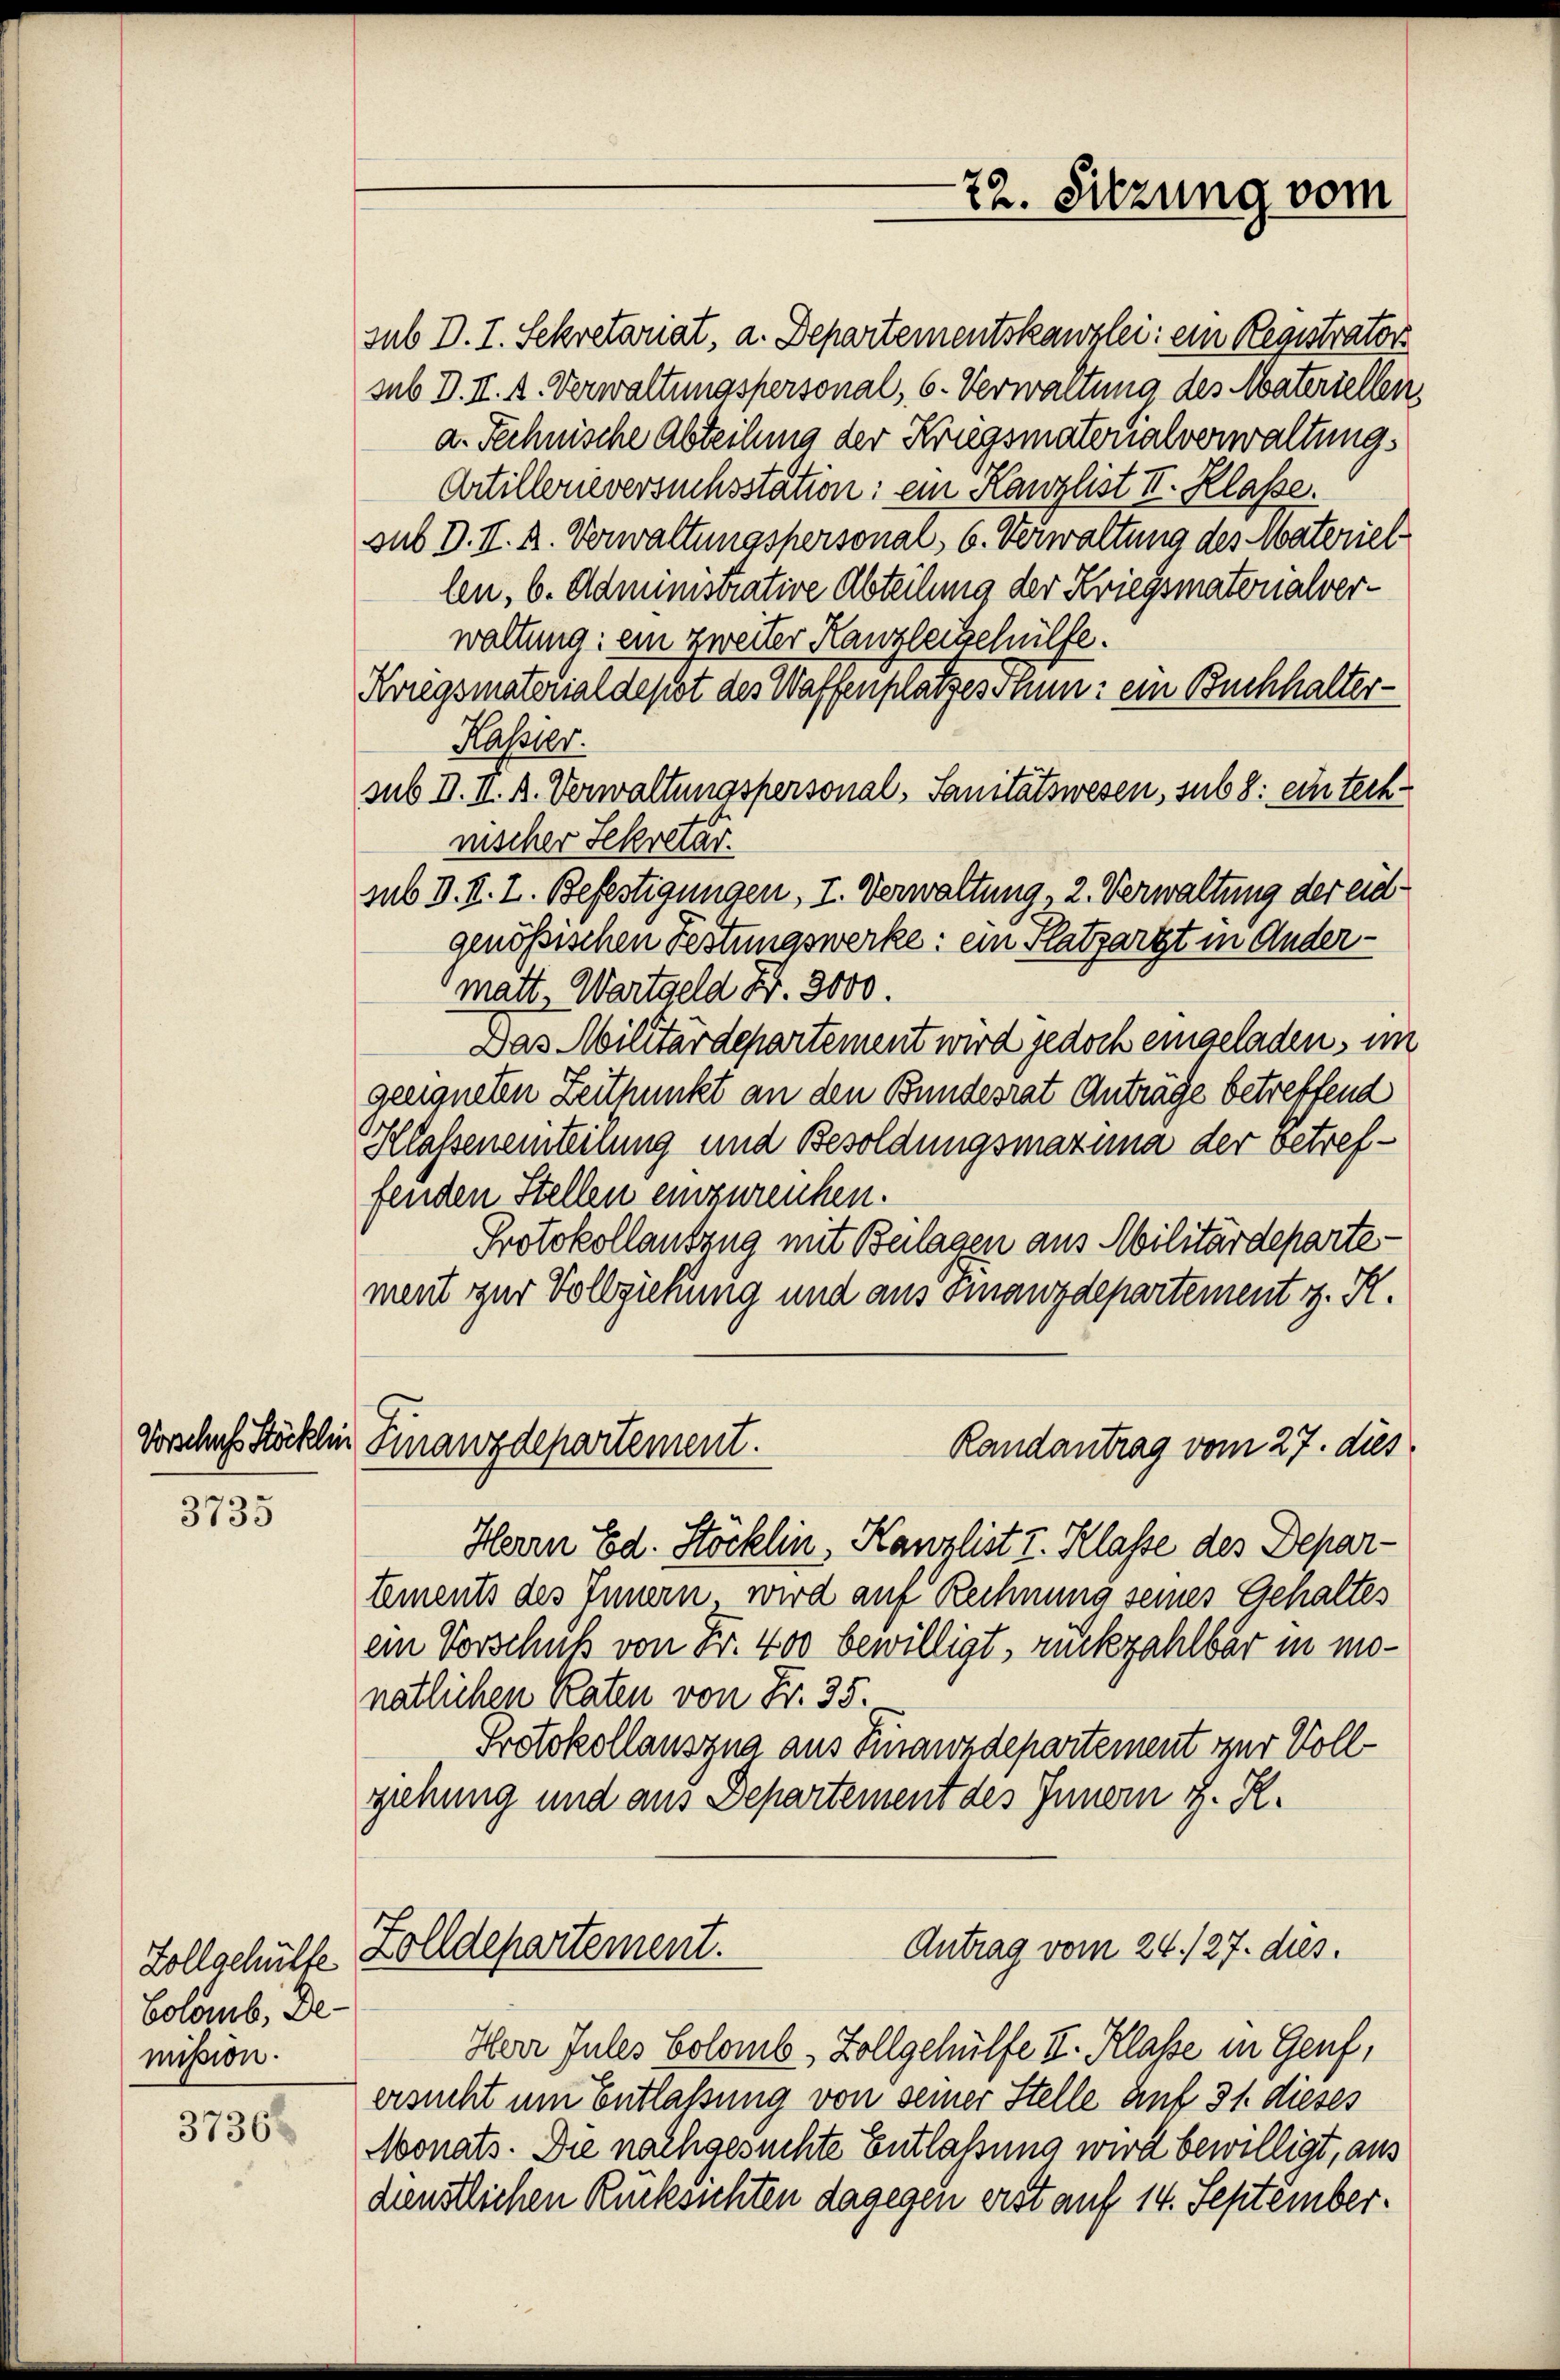
3735

37368

Vorschuss Stöcklei

Colomb. De-
mission.

sub D. I. Sekretariat, a. Departementskanzlei: ein Registrator
sub D. II. A. Verwaltungspersonal, 6. Verwaltung des Materiellen,
a. Technische Abteilung der Kriegsmatorialverwaltungs
Artillerieversuchsstation: ein Kanzlist III. Klasse.
sub D. II. k. Verwaltungspersonal, 6. Verwaltung des Materiel
len, 6. Administrative Abteilung der Kriegsmaterialverwaltung: ein zweiter Kanzleisschülfe.
Kriegsmaterial desst des Waffen lassen: ein Buchhalter¬
Kassier.
sub II. II. A. Verwaltungspersonal- Sanitätswesen, sub 8: ein technischer Sekretär.
sub d. II. I. Befestigungen, I. Verwaltung, 2. Verwaltung der eidgenössischen Festungswerke: ein Platzartzt in Andermatt. Wartgeld Fr. 3000.
Das Militärdepartement wird jedoch eingeladen, im
geeigneten Zeitpunkt an den Bundesrat Anträge betreffend
Klasseneinteilung und Besoldungsmazuna der betreffenden Stellen einzureichen.
Protokollauszug mit Beilagen aus Militärdeparte
ment zur Vollziehung und aus Finanzdepartement z. R.
 Finanzdepartement.
Randantrag vom 27. dies
Herrn Ed. Stöcklin, Kanzlist v. Klasse des Departements des Innern, wird auf Rechnung seines Gehaltes
ein Vorschuß von Fr. 400 bewilligt, rückzahlbar in monatlichen Raten von Fr. 35.
Protokollauszna aus Finanzdepartement zur Vollgehung und aus Departement des Innern z. R.
Antrag vom 24. 127. dies.
Zollgehülfe Zolldepartement.
Herr Jules Colomb, Zollgehülfe II. Klasse in Genf,
ersucht um Entlaßung von seiner Stelle auf 31. dieses
Monats. Die nachgesuchte Entlaßung wird bewilligt, aus
dienstlichen Rücksichten dagegen erst auf 14. September¬

22. Sitzung vom